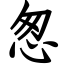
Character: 怱